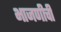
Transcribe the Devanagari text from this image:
भाजणीची